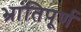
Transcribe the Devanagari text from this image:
भ्रांतिपूर्ण